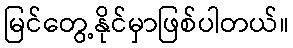
မြင်တွေ့နိုင်မှာဖြစ်ပါတယ်။